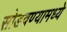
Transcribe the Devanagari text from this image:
सोडवण्यामध्ये